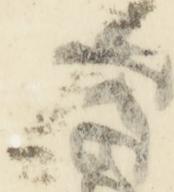
候